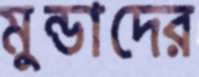
মুন্ডাদের